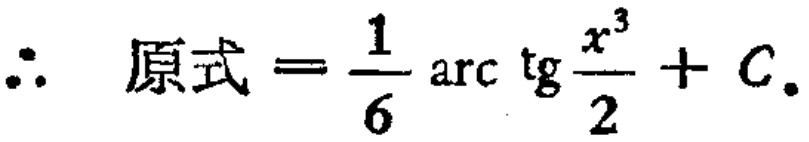
\(\therefore \ 原式=\frac{1}{6}\operatorname{arc}\operatorname{tg}\frac{x^{3}}{2}+C.\)